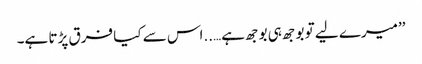
’’میرے لیے تو بوجھ ہی بوجھ ہے…..اس سے کیا فرق پڑتا ہے۔